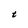
Character: t